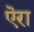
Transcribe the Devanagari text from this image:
ऎरा